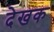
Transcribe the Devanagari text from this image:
देखक